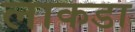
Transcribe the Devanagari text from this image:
लाकडा